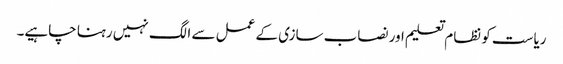
ریاست کو نظام تعلیم اور نصاب سازی کے عمل سے الگ نہیں رہنا چاہیے۔